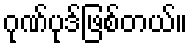
ဂုဏ်ပုဒ်ဖြစ်တယ်။